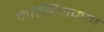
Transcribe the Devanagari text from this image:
कैल्सियमता